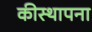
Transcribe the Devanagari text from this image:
कीस्थापना